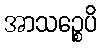
အာသဉ္စေပိ